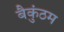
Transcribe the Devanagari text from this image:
बैकुंठम